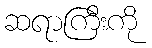
ဆရာကြီးကို